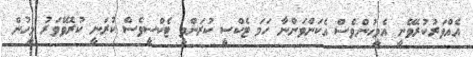
އެެއްވަރުކުރެވޭނީ އެމީހުންވެސް އެކަންވަންނާ ހަމަ ޓެކްސީ ކުރަންވީ ޓެކްސީވެސް ކުރަނީ ކުރެވޭވަރު މީހުން